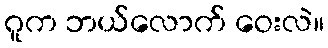
ဂူက ဘယ်လောက် ဝေးလဲ။